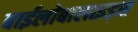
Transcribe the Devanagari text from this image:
बाईलोबालाइड्स